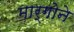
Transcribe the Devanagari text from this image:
मार्गोने